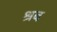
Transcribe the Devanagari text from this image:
श्रब